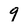
Character: 9